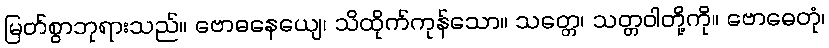
မြတ်စွာဘုရားသည်။ ဗောဓနေယျေ၊ သိထိုက်ကုန်သော။ သတ္တေ၊ သတ္တဝါတို့ကို။ ဗောဓေတုံ၊